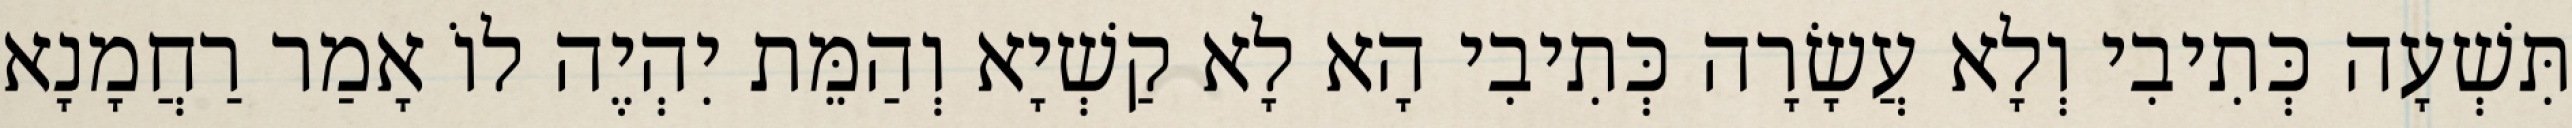
תִּשְׁעָה כְּתִיבִי וְלָא עֲשָׂרָה כְּתִיבִי הָא לָא קַשְׁיָא וְהַמֵּת יִהְיֶה לוֹ אָמַר רַחֲמָנָא